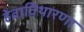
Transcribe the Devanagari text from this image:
हेवाविथारणा